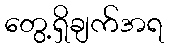
တွေ့ရှိချက်အရ